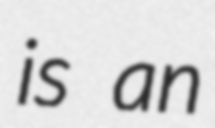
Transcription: is an